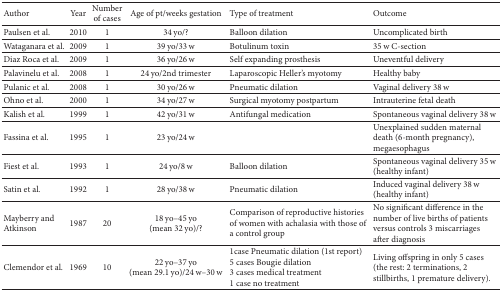
<table><thead><tr><td><b>Author</b></td><td><b>Year</b></td><td><b>Number of cases</b></td><td><b>Age of pt/weeks gestation</b></td><td><b>Type of treatment</b></td><td><b>Outcome</b></td></tr></thead><tbody><tr><td>Paulsen et al.</td><td>2010</td><td>1</td><td>34 yo/?</td><td>Balloon dilation</td><td>Uncomplicated birth</td></tr><tr><td>Wataganara et al.</td><td>2009</td><td>1</td><td>39 yo/33 w</td><td>Botulinum toxin</td><td>35 w C-section</td></tr><tr><td>Diaz Roca et al.</td><td>2009</td><td>1</td><td>36 yo/26 w</td><td>Self expanding prosthesis</td><td>Uneventful delivery</td></tr><tr><td>Palavinelu et al.</td><td>2008</td><td>1</td><td>24 yo/2nd trimester</td><td>Laparoscopic Heller&#x27;s myotomy</td><td>Healthy baby</td></tr><tr><td>Pulanic et al.</td><td>2008</td><td>1</td><td>30 yo/26 w</td><td>Pneumatic dilation</td><td>Vaginal delivery 38 w</td></tr><tr><td>Ohno et al.</td><td>2000</td><td>1</td><td>34 yo/27 w</td><td>Surgical myotomy postpartum</td><td>Intrauterine fetal death</td></tr><tr><td>Kalish et al.</td><td>1999</td><td>1</td><td>42 yo/31 w</td><td>Antifungal medication</td><td>Spontaneous vaginal delivery 38 w</td></tr><tr><td>Fassina et al.</td><td>1995</td><td>1</td><td>23 yo/24 w</td><td> </td><td>Unexplained sudden maternal death (6-month pregnancy), megaesophagus</td></tr><tr><td>Fiest et al.</td><td>1993</td><td>1</td><td>24 yo/8 w</td><td>Balloon dilation</td><td>Spontaneous vaginal delivery 35 w (healthy infant)</td></tr><tr><td>Satin et al.</td><td>1992</td><td>1</td><td>28 yo/38 w</td><td>Pneumatic dilation</td><td>Induced vaginal delivery 38 w (healthy infant)</td></tr><tr><td>Mayberry andAtkinson</td><td>1987</td><td>20</td><td>18 yo–45 yo(mean 32 yo)/?</td><td>Comparison of reproductive histories of women with achalasia with those of a control group</td><td>No significant difference in the number of live births of patients versus controls 3 miscarriages after diagnosis</td></tr><tr><td>Clemendor et al.</td><td>1969</td><td>10</td><td>22 yo–37 yo(mean 29.1 yo)/24 w–30 w</td><td>1case Pneumatic dilation (1st report)5 cases Bougie dilation3 cases medical treatment1 case no treatment</td><td>Living offspring in only 5 cases (the rest: 2 terminations, 2 stillbirths, 1 premature delivery).</td></tr></tbody></table>